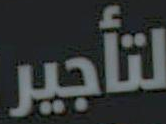
لتأجير